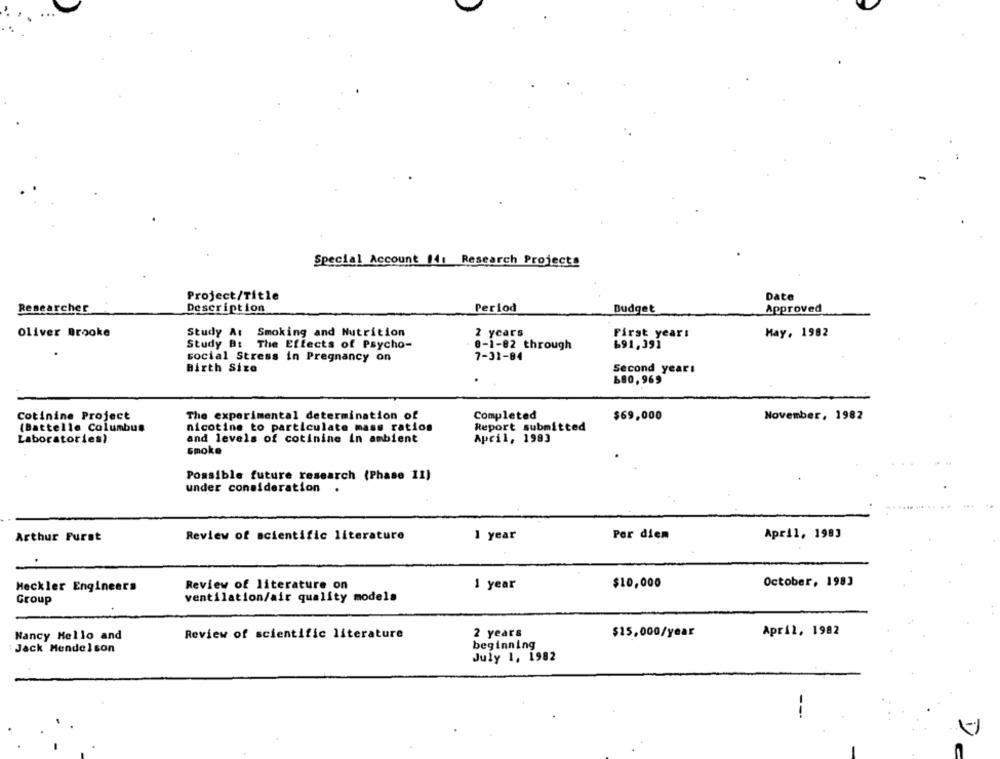
Special Account 14: Research Projects
Project/Title
Date
Researcher
Description
Period
Budget
Approved
Oliver Brooke
Study At Smoking and Nutrition
2 years
First year:
May, 1982
Study Bt The Effects of Psycho-
8-1-82 through
691,391
social Stress in Pregnancy on
7-31-84
Birth Size
Second yearı
680,969
Cotinine Project
The experimental determination of
Completed
$69,000
November, 1982
Report submitted
(Battelle Columbus
nicotine to particulate mass ratios
Laboratories)
and levels of cotinine in ambient
April, 1983
Smoke
Possible future research (Phase 11)
under consideration
Arthur Furst
Review of scientific literature
1 year
Per diem
April, 1983
.
1 year
$10,000
October, 1983
Heckler Engineers
Review of literature on
Group
ventilation/air quality models
Nancy Hello and
Review of scientific literature
2 years
$15,000/year
April, 1982
beginning
Jack Mendelson
July 1, 1982
---